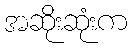
အဆိုးဆုံးက